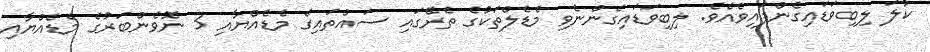
ކުލަ ލިބިވަޑައިގެންފައިވެއެވެ. ލިބިވަޑައިގެންނެވި މެޑެލްތަކުގެ ތެރޭގައި ސައްތައިގެ މެޑެއްޔާއި 3 ނޮވެންބަރުގެ މެޑެއްޔާއި